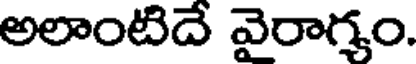
అలాంటిదే వైరాగ్యం.